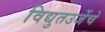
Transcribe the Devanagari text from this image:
विद्युतउर्जेचे